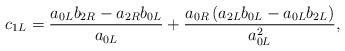
LaTeX: \begin{align*}c_{1L} = \frac{a_{0L} b_{2R} - a_{2R} b_{0L}}{a_{0L}}+ \frac{a_{0R} \left( a_{2L} b_{0L} - a_{0L} b_{2L} \right)}{a_{0L}^2},\end{align*}